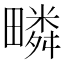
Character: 疄